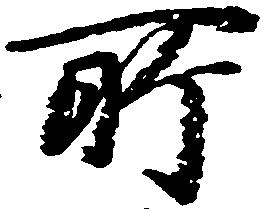
所